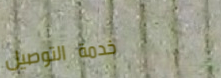
خدمة التوصيل